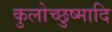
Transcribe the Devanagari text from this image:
कुलोच्छुष्मादि